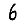
Digit: 6